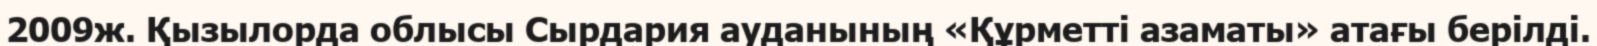
2009ж. Қызылорда облысы Сырдария ауданының «Құрметті азаматы» атағы берілді.